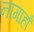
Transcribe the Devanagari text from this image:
नागाहाँ